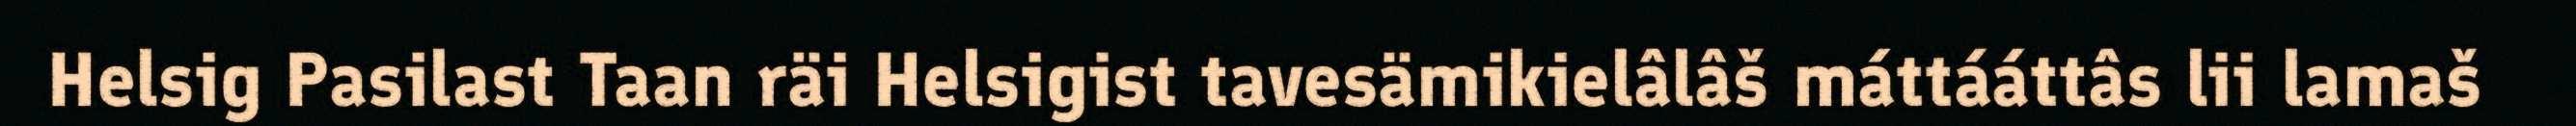
Helsig Pasilast Taan räi Helsigist tavesämikielâlâš máttááttâs lii lamaš